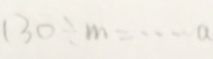
1 3 0 \div m = \cdots a